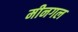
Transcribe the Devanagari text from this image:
मीनगल